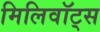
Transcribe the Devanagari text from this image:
मिलिवॉट्स